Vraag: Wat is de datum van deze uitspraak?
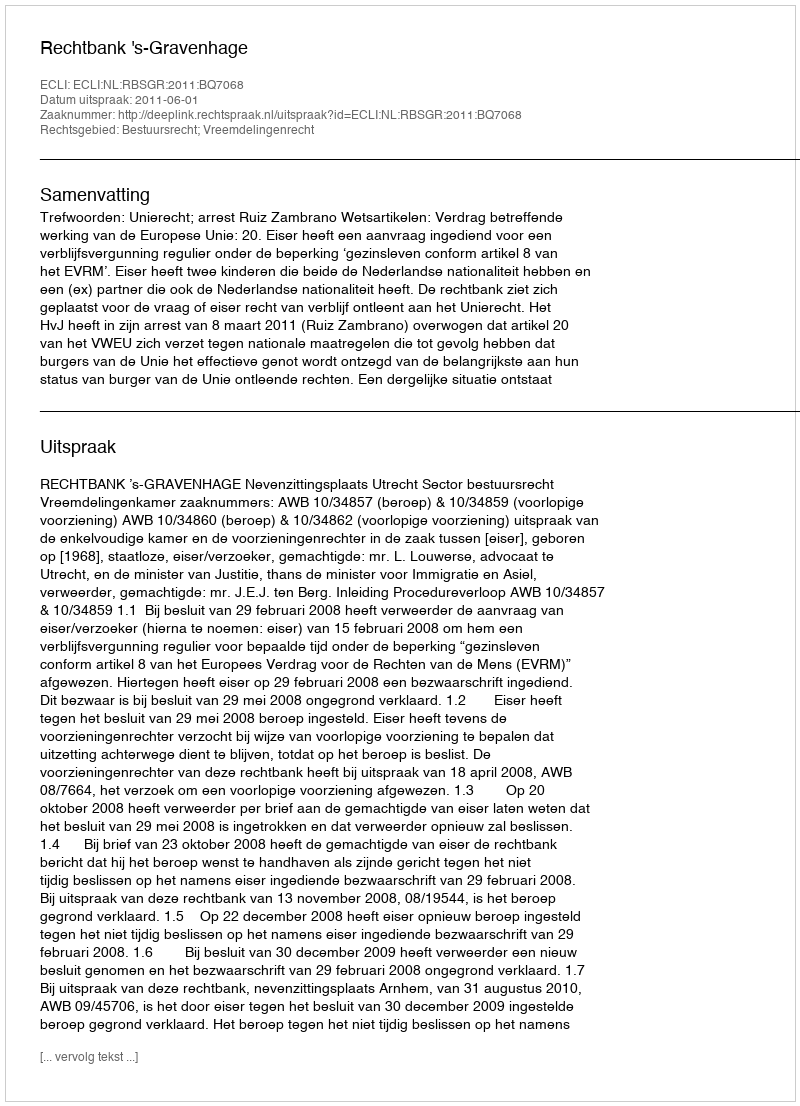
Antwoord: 2011-06-01